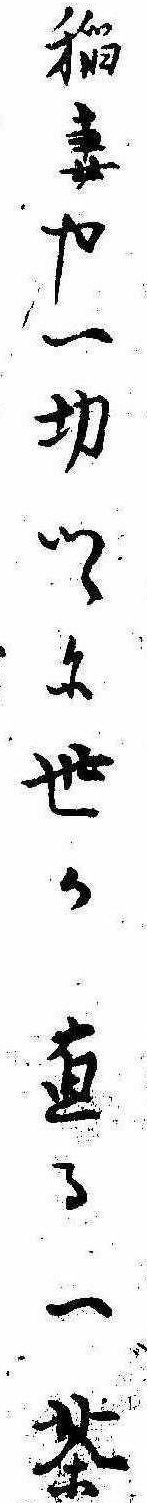
稲妻や一切つゝに世か直る一茶